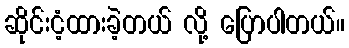
ဆိုင်းငံ့ထားခဲ့တယ် လို့ ပြောပါတယ်။